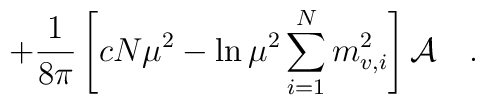
+{1 \over 8\pi}\left[c N\mu^2-\ln \mu^2\sum_{i=1}^N m_{v,i}^2\right]{\cal A}~~~.